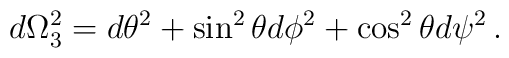
d\Omega_3^2 = d\theta^2 + \sin^2\theta d\phi^2 + \cos^2\theta d\psi^2\,.